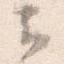
云